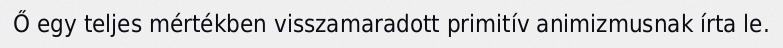
Ő egy teljes mértékben visszamaradott primitív animizmusnak írta le.